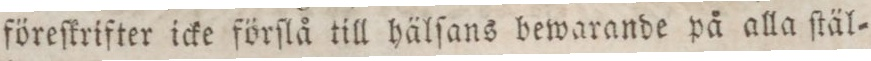
föreſkrifter icke förſlå till hälſans bewarande på alla ſtäl=